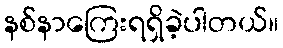
နစ်နာကြေးရရှိခဲ့ပါတယ်။